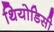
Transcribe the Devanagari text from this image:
थियोडिसी